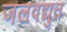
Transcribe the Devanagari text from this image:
जलवद्युत